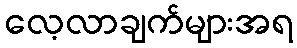
လေ့လာချက်များအရ